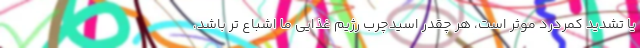
یا تشدید کمردرد موثر است، هر چقدر اسیدچرب رژیم غذایی ما اشباع تر باشد،